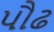
પૌઢ